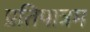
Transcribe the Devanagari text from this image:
प्रतिपात्रम